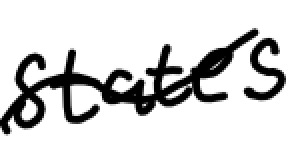
Text: States
Cross-out: wave
Writing tool: digital_black